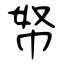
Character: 帑